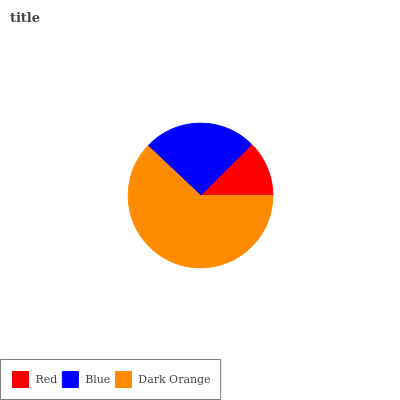
| Red | Blue | Dark Orange |
 | --- | --- | --- |
 | 12.5% | 25.5% | 62.1% |